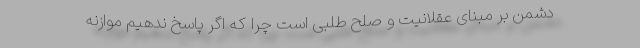
دشمن بر مبنای عقلانیت و صلح طلبی است چرا که اگر پاسخ ندهیم موازنه